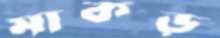
মাকড়